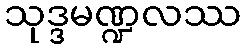
သုဒ္ဒမဏ္ဍလဿ